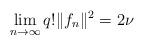
LaTeX: \begin{align*}\lim_{n\to\infty} q! \|f_n\|^2 = 2\nu\end{align*}